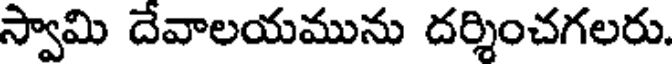
స్వామి దేవాలయమును దర్శించగలరు.